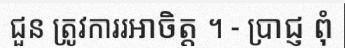
ជួន ត្រូវការរអាចិត្ត ។ - ប្រាជ្ញ ពុំ